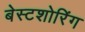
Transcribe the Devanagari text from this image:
बेस्टशोरिंग